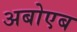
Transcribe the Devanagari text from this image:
अबोएब